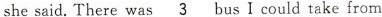
she said.There was\underline{3}bus I could take from